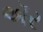
ઍર